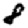
Digit: 8